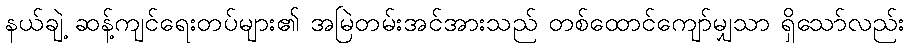
နယ်ချဲ့ ဆန့်ကျင်ရေးတပ်များ၏ အမြဲတမ်းအင်အားသည် တစ်ထောင်ကျော်မျှသာ ရှိသော်လည်း